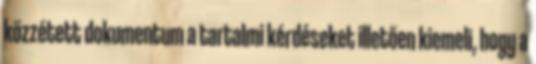
közzétett dokumentum a tartalmi kérdéseket illetően kiemeli, hogy a